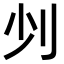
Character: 𠚺